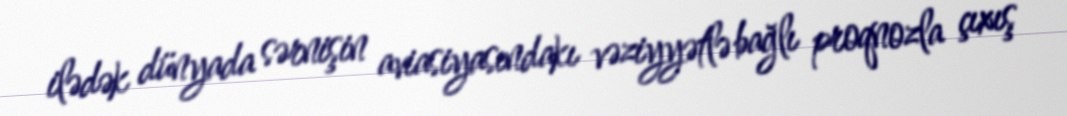
ilədək dünyada sərnişin aviasiyasındakı vəziyyətlə bağlı proqnozla çıxış